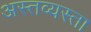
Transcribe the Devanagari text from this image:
अस्तव्यस्ता